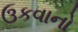
ઉકવાનો